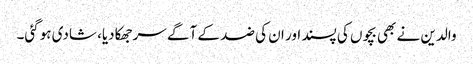
والدین نے بھی بچوں کی پسند اور ان کی ضد کے آگے سرجھکادیا، شادی ہوگئی۔